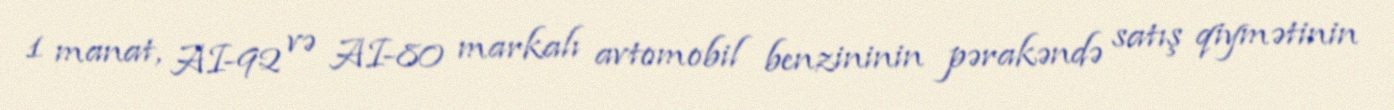
1 manat, AI-92 və AI-80 markalı avtomobil benzininin pərakəndə satış qiymətinin